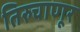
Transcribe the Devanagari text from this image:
तिरुचाणूर